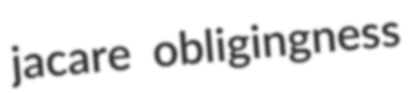
jacare obligingness